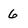
Character: 6